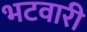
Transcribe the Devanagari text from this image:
भटवारी